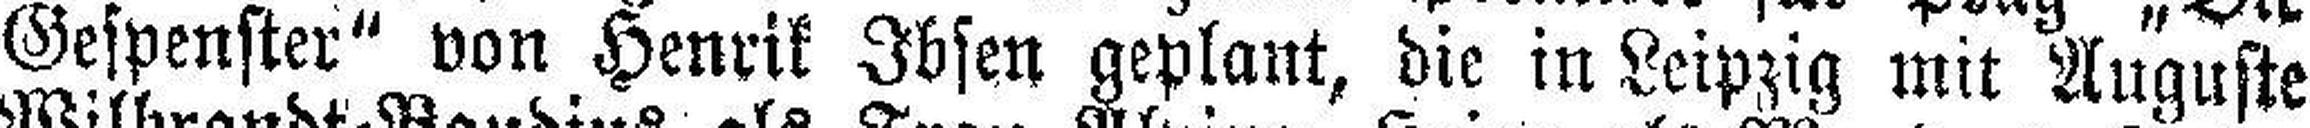
Gespenster“ von Henrik Ibsen geplant, die in Leipzig mit Auguste